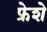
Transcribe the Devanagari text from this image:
फ्रेशे